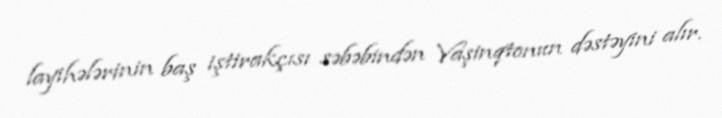
layihələrinin baş iştirakçısı səbəbindən Vaşinqtonun dəstəyini alır.